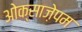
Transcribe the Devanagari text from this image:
ओक्साज़ेपम